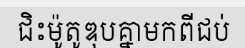
ជិះម៉ូតូឌុបគ្នាមកពីជប់